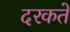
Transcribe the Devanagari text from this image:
दरकते